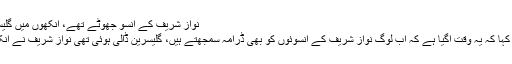
نواز شریف کے آنسو جھوٹے تھے، آنکھوں میں گلیسرین تھی
انہوں نے کہا کہ یہ وقت آگیا ہے کہ اب لوگ نواز شریف کے آنسوئوں کو بھی ڈرامہ سمجھتے ہیں، گلیسرین ڈالی ہوئی تھی نواز شریف نے آنکھوں میں۔